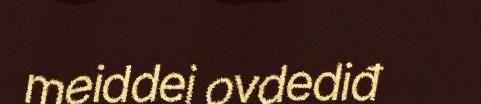
meiddei ovdediđ